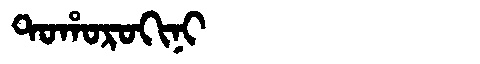
Manchu: ᡨᠣᡥᠣᡵᠣᡴᡳᠨᡳ
Romanization: TOHOROKINI